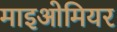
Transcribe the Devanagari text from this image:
माइओमियर